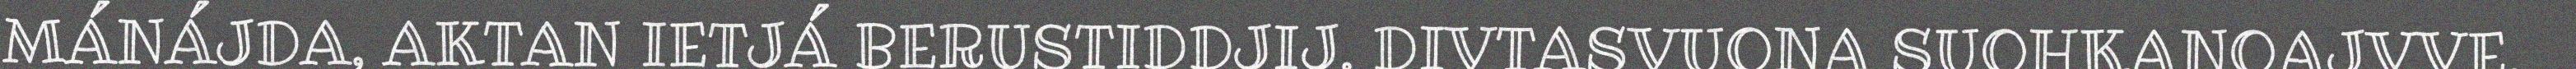
MÁNÁJDA, AKTAN IETJÁ BERUSTIDDJIJ. DIVTASVUONA SUOHKANOAJVVE,